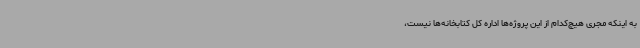
به اینکه مجری هیچ‌کدام از این پروژه‌ها اداره کل کتابخانه‌ها نیست،